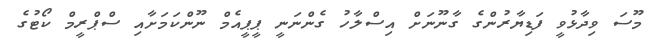
މޫސަ ވިދާޅުވީ ފަޑިޔާރުންގެ ގާނޫނަށް އިސްލާހު ގެންނަނީ ޕީޕީއެމް ނޫންކަމަށާއި ސްޕްރީމް ކޯޓުގެ